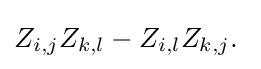
Z_{i,j}Z_{k,l}-Z_{i,l}Z_{k,j}.\